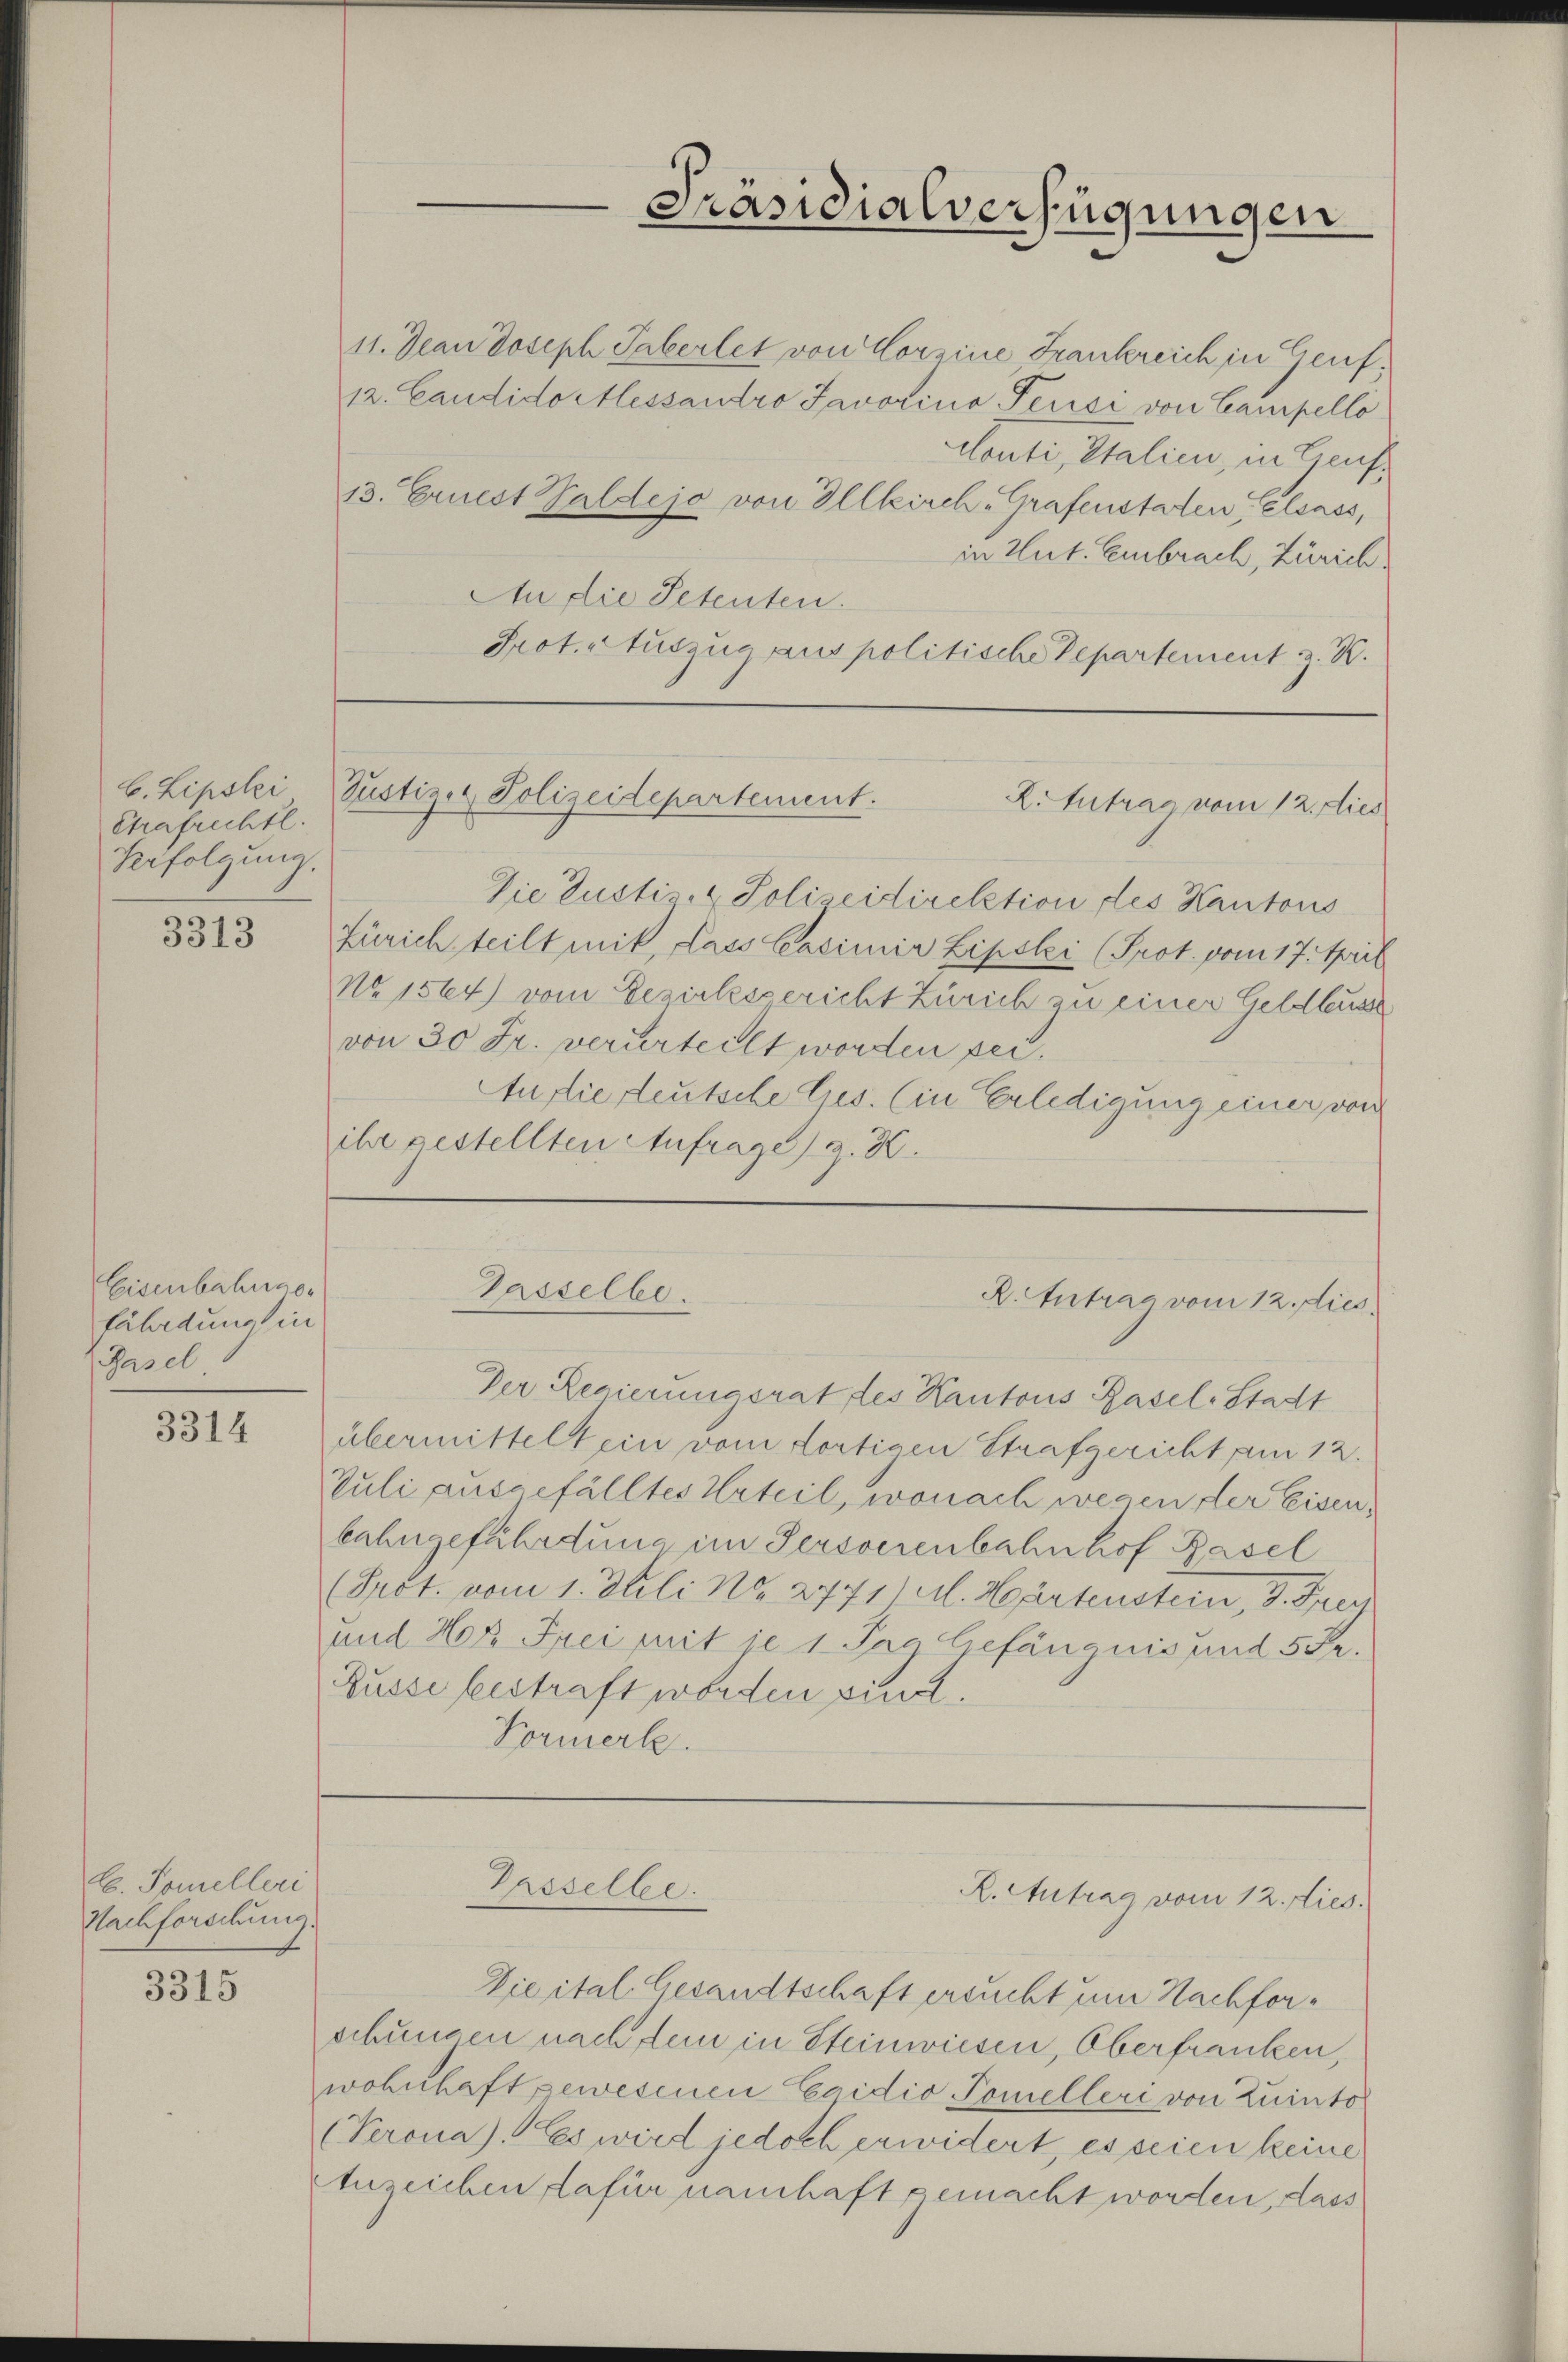
b. Lipslei
Strafrechtl.
Verfolgung.

3313

Eisenbahnger
fährdung in
Basel

3314

C. Somelleri
Nachforschung.

3315

11. Jean Joseph Taberlet von Corgine Frankreich in Genf,
12. Candidortlessandro Javarina Feusi von Campello
Conti, Italien, in Gens¬
13. Ernest Waldejo von Illkirch Grafenstaten, Elsass,
in Hut. Embrach, Zürich
An die Petenten.
Prot. Auszug aus politische Departement z. K.

Die Justi - & Polizeidirektion des Kantons
Zürich teilt mit, Lass Casimir Lipsli (Prot. vom 17. April
No 1564) vom Bezirksgericht Zürich zu einer Geldbusse
von 30 Fr. verurteilt worden sei.
An die deutsche Cues. (in Erledigung einer von
ihr gestellten Anfrage z. B.

Justiz- & Polizeidepartement.
X. Antrag vom 12. dies

Der Regierungsrat des Kantons Basel-Stadt
übermittelt ein vom fortigen Strafgericht am 12.
Juli ausgefälltes Urteil, wonach wegen der Eisen,
bahngefährdung im Persoerenbahnhof Basel
(Pröt. vom 1. Juli No 2771 M. Härtenstein, 3. Frey
und Herr Frei mit je 1 Tag Gefängnis und 5 Fr.
Busse beistraft worden sind.
Formerk.

Tasselbe.

Passelbe

Präsidialverfügungen

R. Antrag vom 12. dies

R. Antrag vom 12. Lies.

Dieital. Gesandtschaft ersucht um Nachforschungen nach dein in Steinwiesen, Oberfranken,
wohnhaft gewesenen Exidio Pomelleri von Zuinto
(Verona). Es wird jedoch erwidert, es seien keine
Anzeichen dafür namhaft gemacht worden, dass